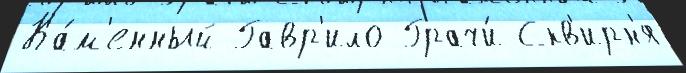
Ка́м'енный Гавр'ило Грачи́ Скв'ирн'я